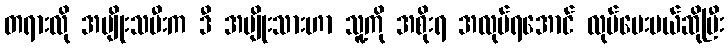
တရားလို အမျိုးသမီးက ဒီ အမျိုးသားဟာ သူ့ကို အစိုးရ အလုပ်ရအောင် လုပ်ပေးမယ်ဆိုပြီး